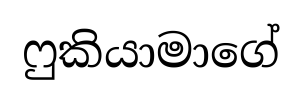
ෆුකියාමාගේ